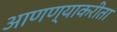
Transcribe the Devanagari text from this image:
आणण्याकरीता